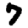
Digit: 7